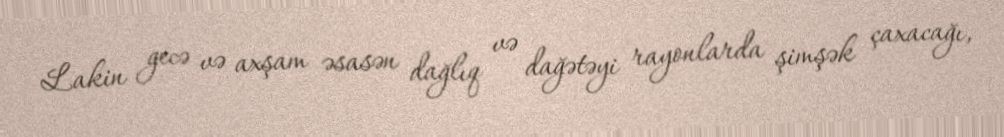
Lakin gecə və axşam əsasən dağlıq və dağətəyi rayonlarda şimşək çaxacağı,